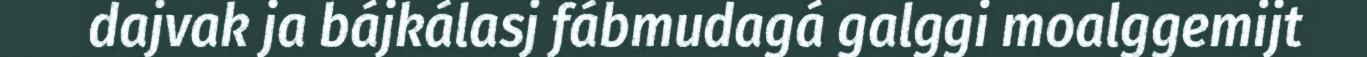
dajvak ja bájkálasj fábmudagá galggi moalggemijt